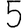
Digit: 5